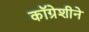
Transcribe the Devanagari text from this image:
कॉग्रेशीने